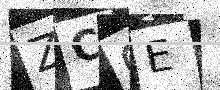
Text: ZCGE